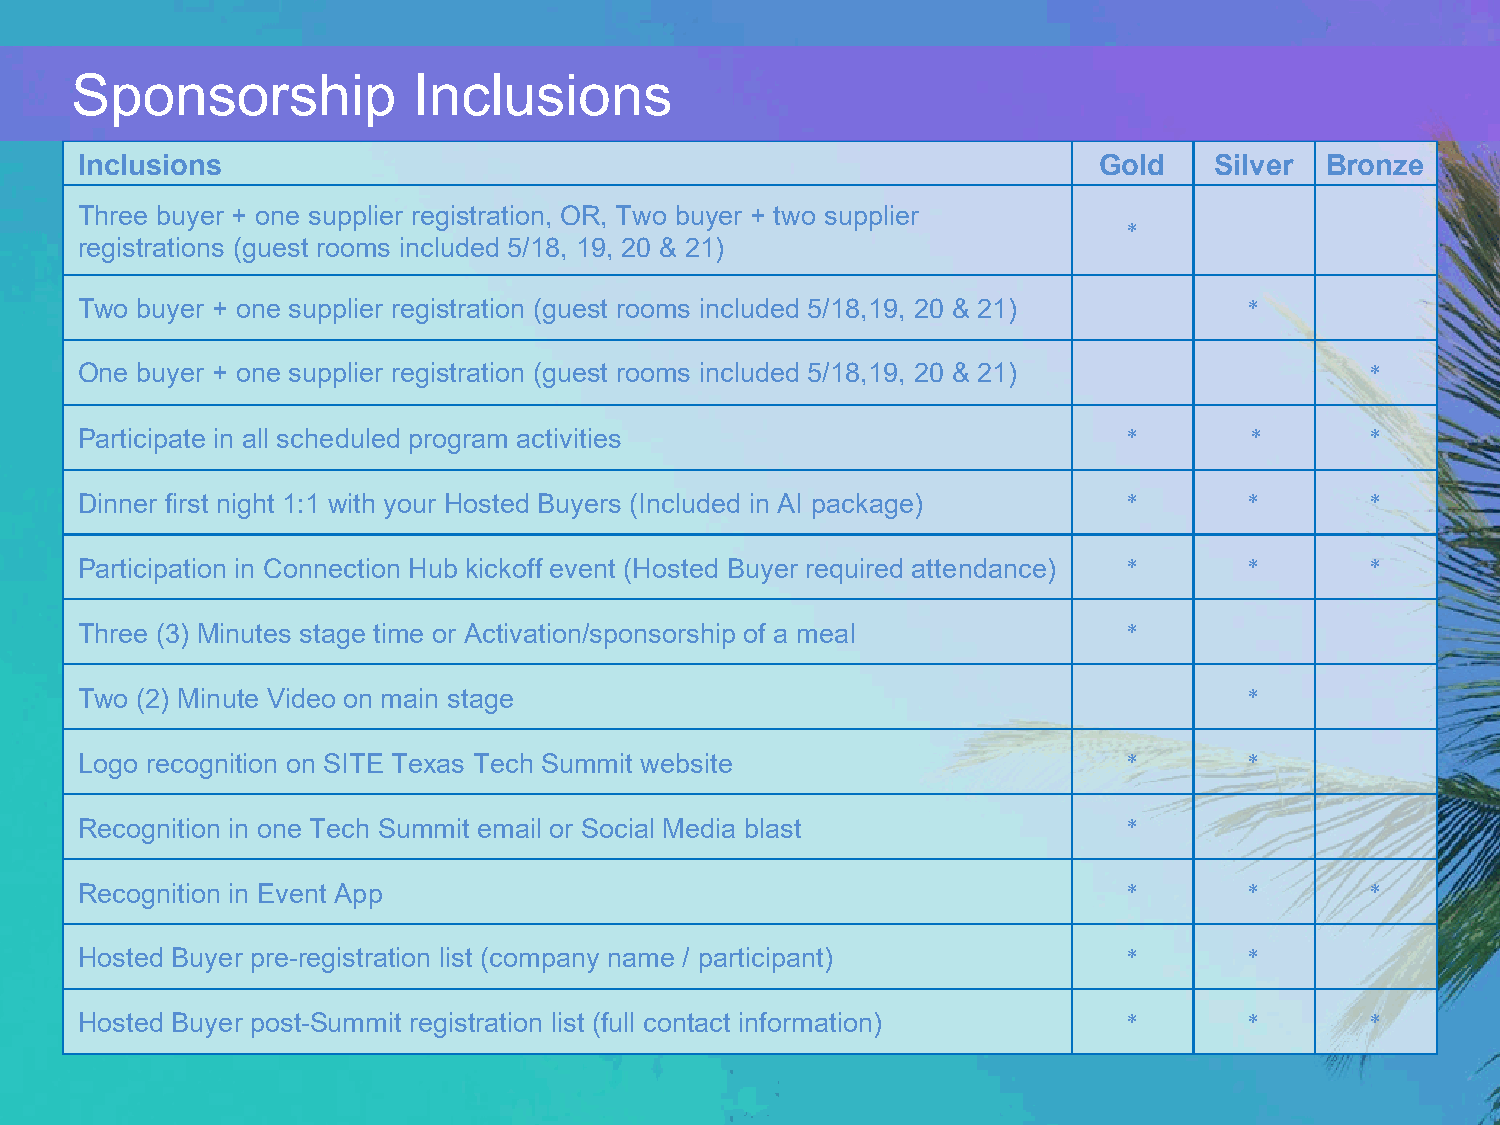
Sponsorship           Inclusions
 Inclusions                                                          Gold   Silver  Bronze
 Three buyer + one supplier registration, OR, Two buyer + two supplier
 *
 registrations (guest rooms included 5/18, 19, 20 & 21)
 Two buyer + one supplier registration (guest rooms included 5/18,19, 20 & 21) *
 One buyer + one supplier registration (guest rooms included 5/18,19, 20 & 21)         *
 Participate in all scheduled program activities                       *       *       *
 Dinner first night 1:1 with your Hosted Buyers (Included in AI package) *     *       *
 Participation in Connection Hub kickoff event (Hosted Buyer required attendance) * *  *
 Three (3) Minutes stage time or Activation/sponsorship of a meal      *
 Two (2) Minute Video on main stage                                            *
 Logo recognition on SITE Texas Tech Summit website                    *       *
 Recognition in one Tech Summit email or Social Media blast            *
 Recognition in Event App                                              *       *       *
 Hosted Buyer pre-registration list (company name / participant)       *       *
 Hosted Buyer post-Summit registration list (full contact information) *       *       *